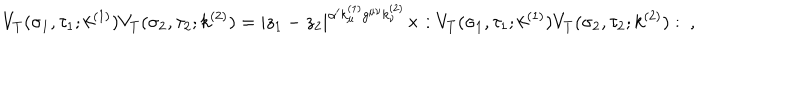
V _ { T } ( \sigma _ { 1 } , \tau _ { 1 } ; k ^ { ( 1 ) } ) V _ { T } ( \sigma _ { 2 } , \tau _ { 2 } ; k ^ { ( 2 ) } ) = | z _ { 1 } - z _ { 2 } | ^ { \alpha ^ { \prime } k _ { \mu } ^ { ( 1 ) } g ^ { \mu \nu } k _ { \nu } ^ { ( 2 ) } } \times : V _ { T } ( \sigma _ { 1 } , \tau _ { 1 } ; k ^ { ( 1 ) } ) V _ { T } ( \sigma _ { 2 } , \tau _ { 2 } ; k ^ { ( 2 ) } ) : ~ ,